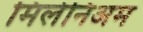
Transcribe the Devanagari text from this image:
मिलेनिअम